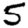
Digit: 5